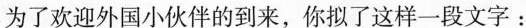
为了欢迎外国小伙伴的到来，你拟了这样一段文字：